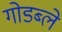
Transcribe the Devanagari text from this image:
गोडब्ले